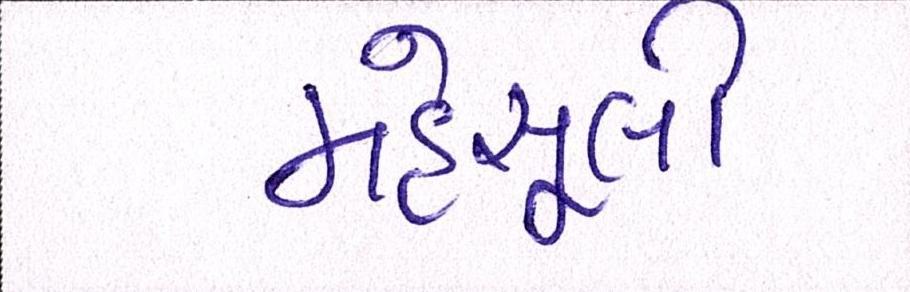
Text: મહેસૂલી